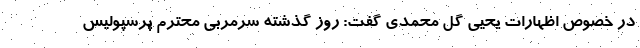
در خصوص اظهارات یحیی گل محمدی گفت: روز گذشته سرمربی محترم پرسپولیس